Bréfritari: Soffía Daníelsdóttir
Viðtakandi: Jakobína Magnúsdóttir og Daníel Halldórsson
Dagsetning: A-1887-10-11
Skrifað á: Seyðisfjörður  N-Múl.
Soffía var dóttir Jakobínu og Daníels

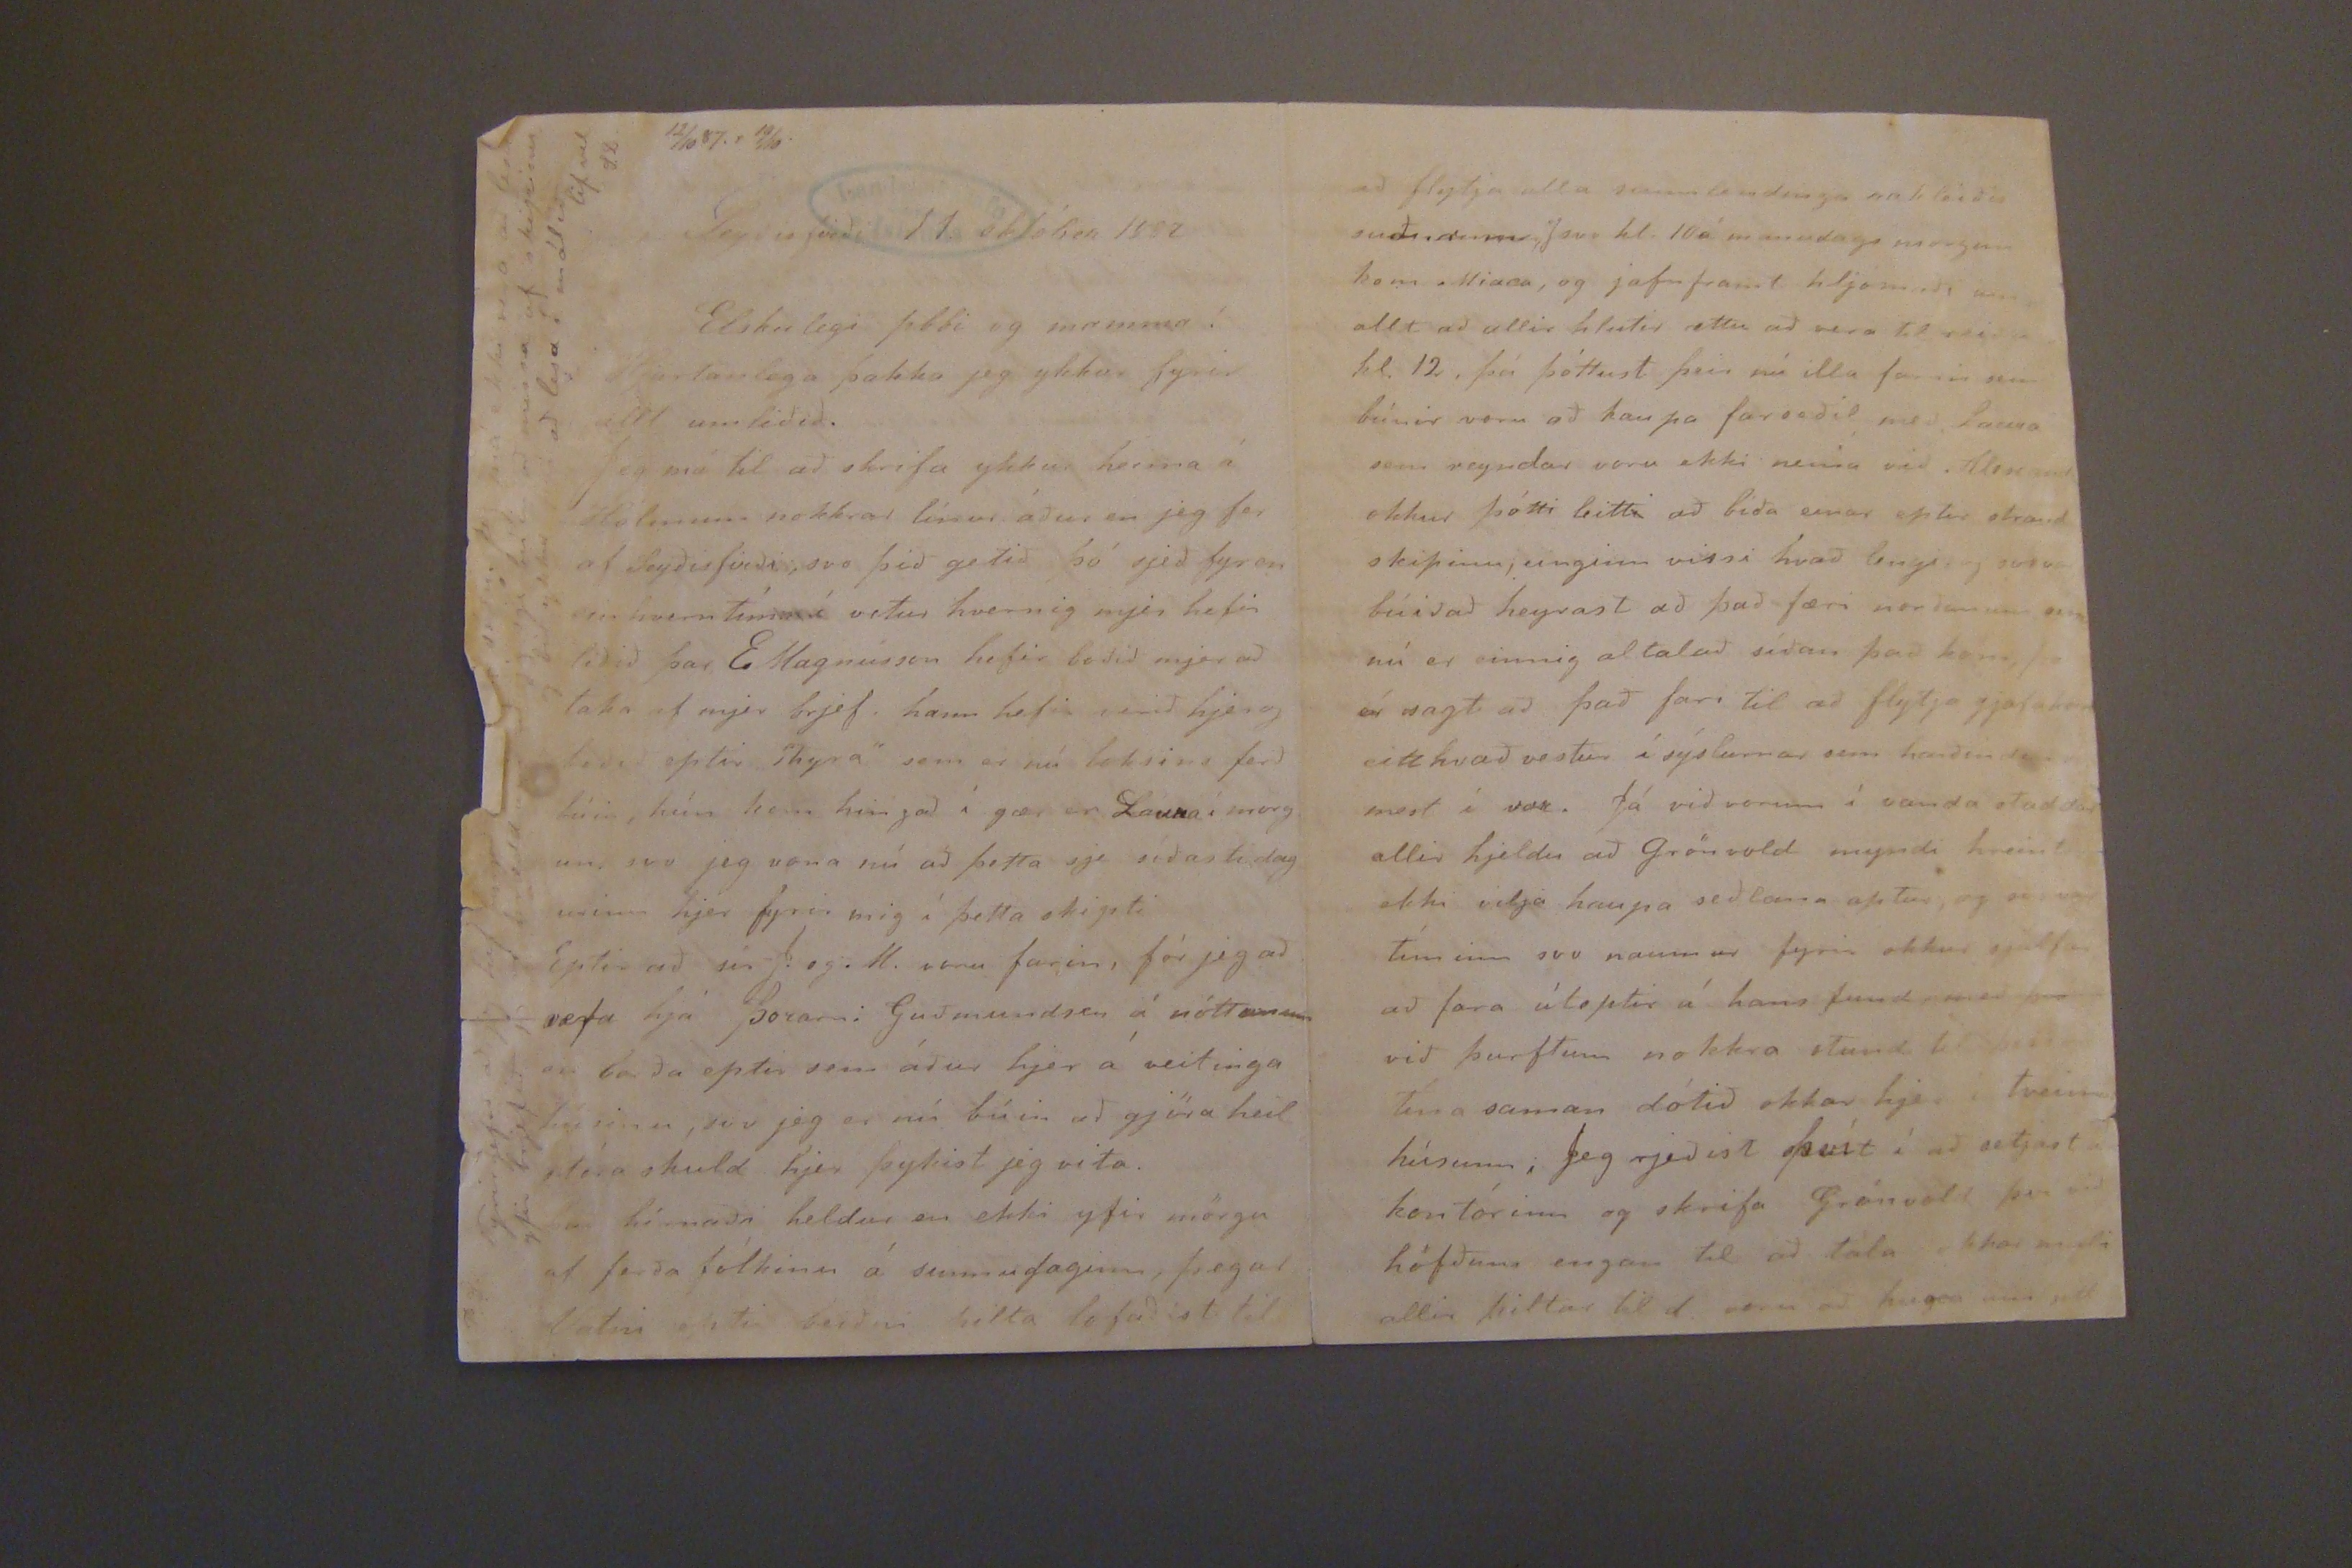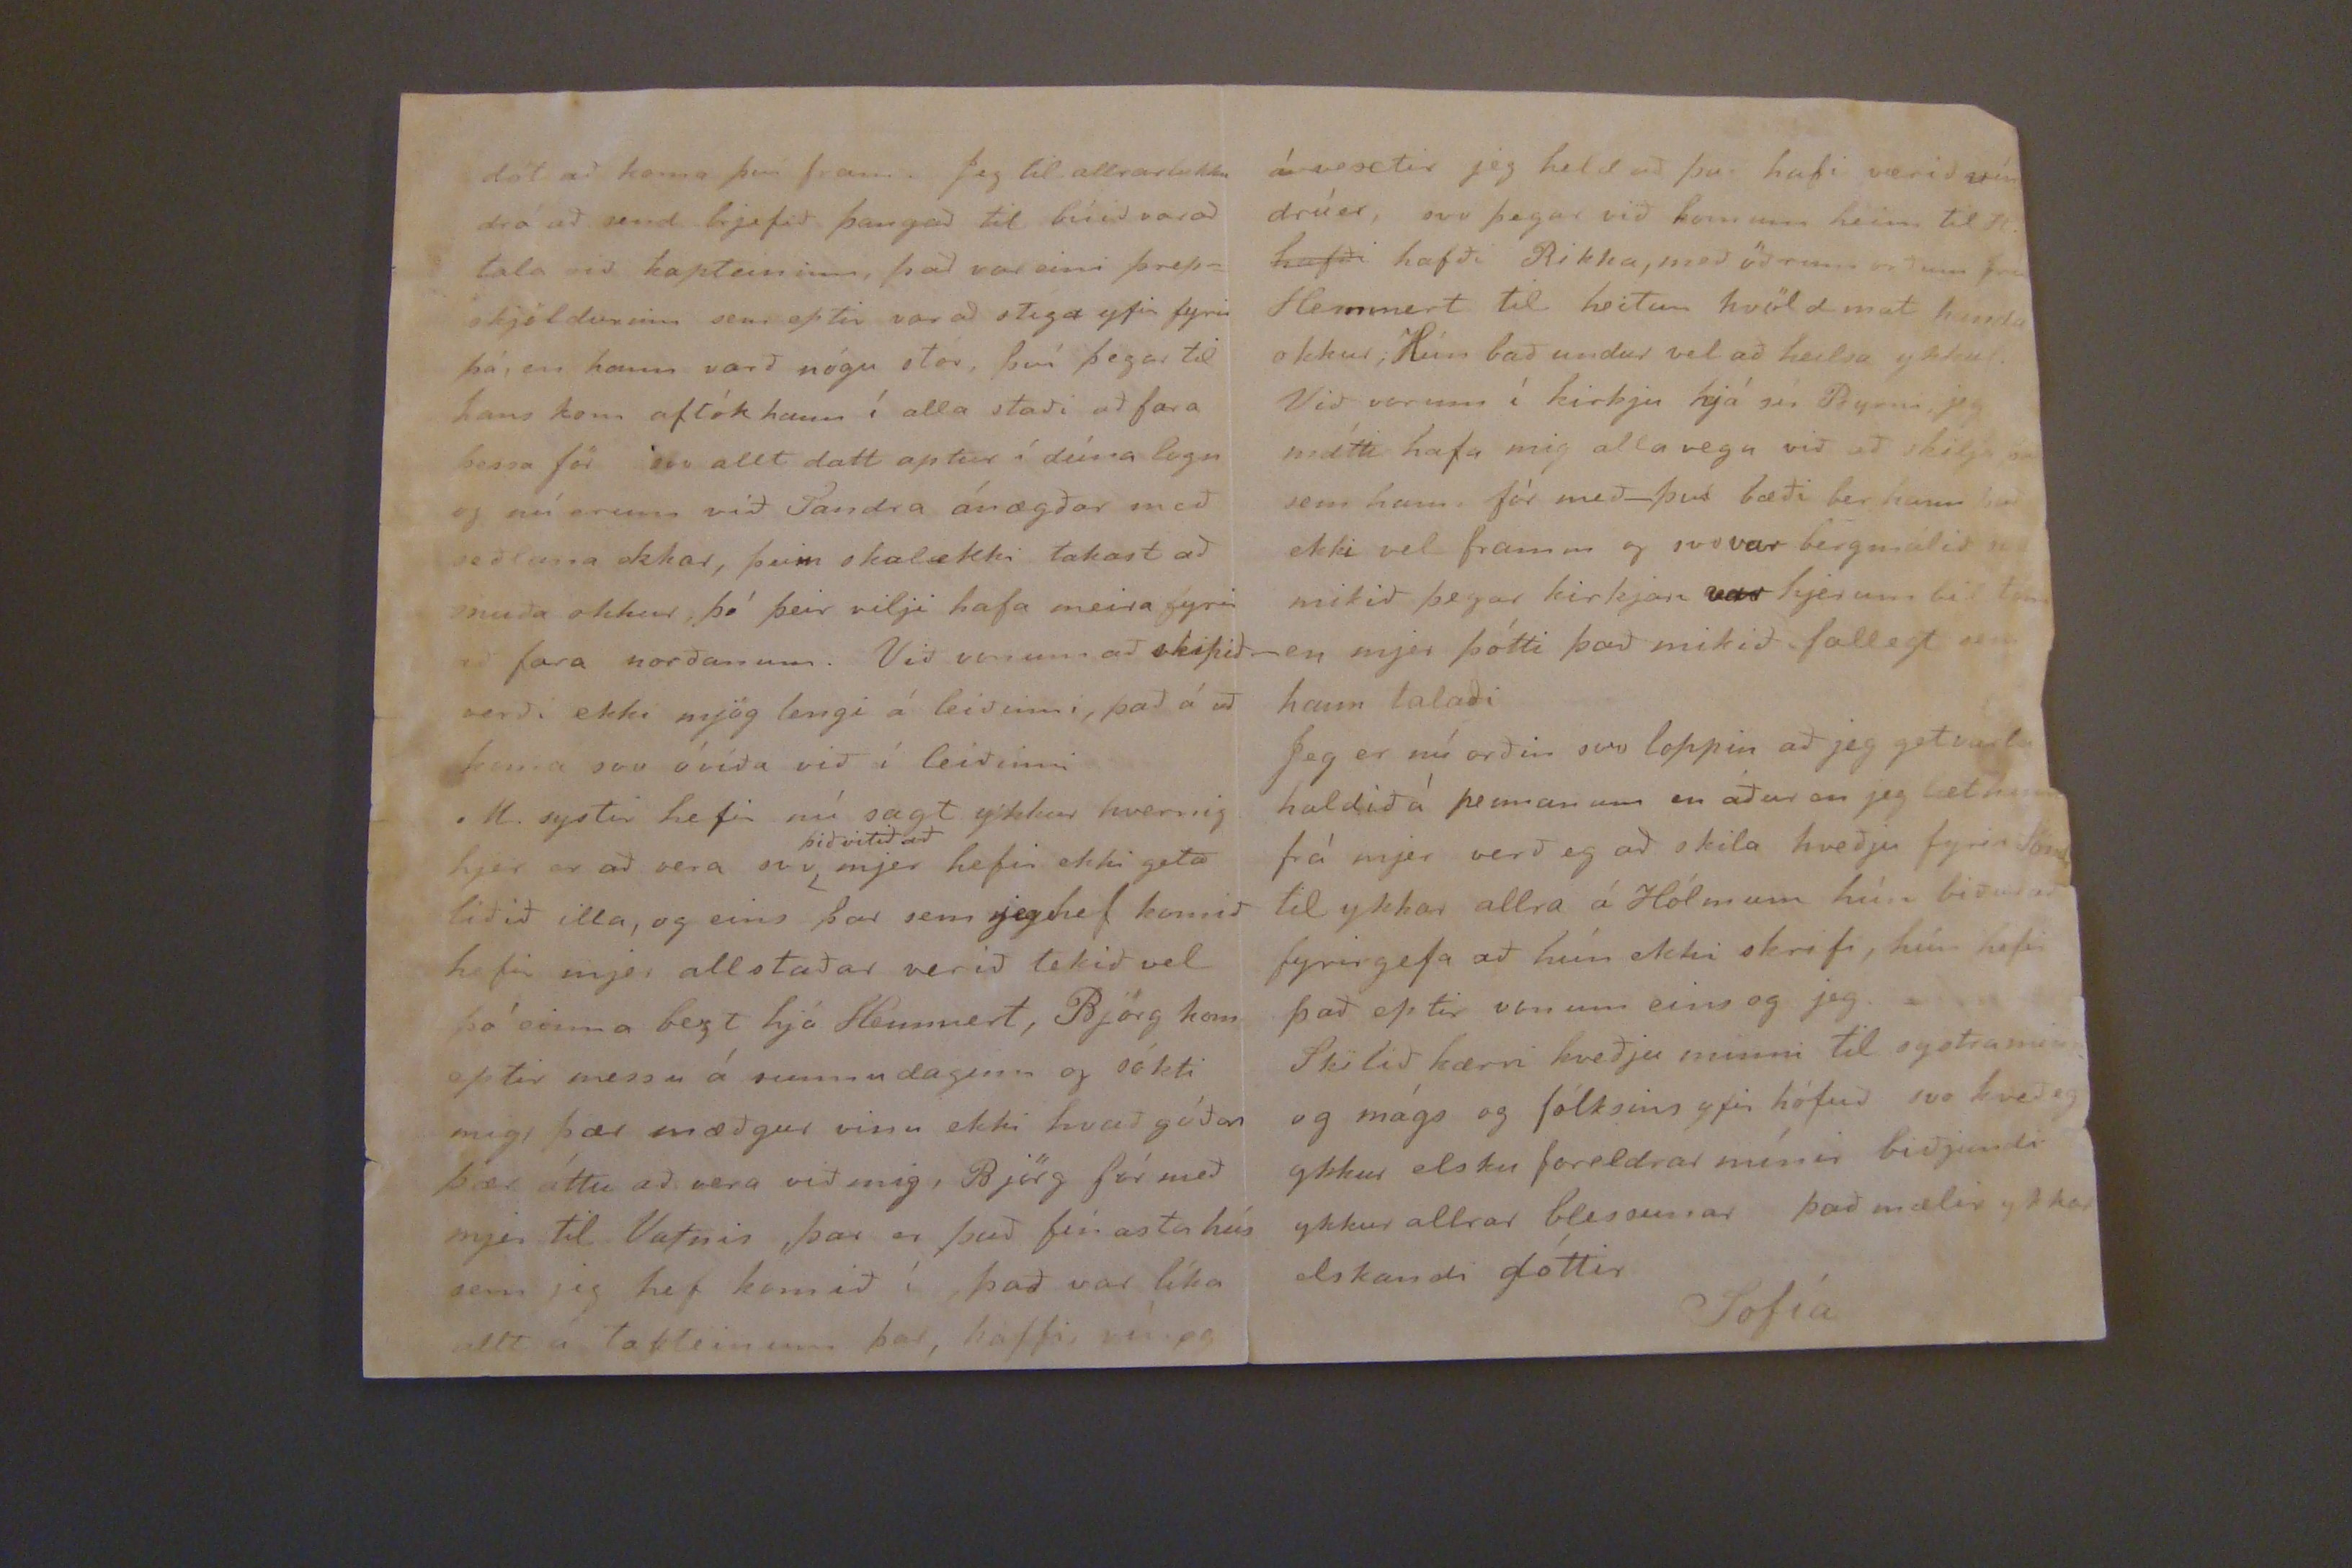

12/10 87.1 19/10
Seyðisfirði 11. október 1887
Elskulegi pabbi og mamma!
Hartanlega þakka jeg ykkur fyrir allt umliðið.
eg má til að skrifa ykkur heima á Hólinum nokkrar línur áður en eg fer af Seyðisfirði, svo þið getið þó seð fyr en ein hvern tíman í vetur hvernig mer hefir liði þar E. Magnússon hefir boðið mjer að taka af mjer brjef. hann hefir verið hjer og liðið eptir
shyra"
sem er nú loksins ferð búin, hún kom hingað í gær er Launa í morg un svo jeg vona nú að þetta sje síðasti dag urinn hjer fyrir mig í þetta skipti
Eptir að sír J. og . M. voru farin, fór eg að rægta hjá þorarni Guðmundsen á nóttunum er baða eptir sem áður hjer á veitinga húsinu, svo jeg er nú búin að gjöra heil stóra skuld hjer þykist jeg vita.
að hímaða
heldur en ekki yfir mörgu af ferða fólkinu á sunnudaginn, þegar Vatni eptir beiðni hilta lofaðist til
Fyrirgefið að jeg hef
þangað
síðu.
Jeg má ekki vera að lesa yfir brjefið jeg so hrædd um að sá egi búin að missa af skipinu og bið ykkur að lesa í málið lif vel
S.D.
að flytja alla sunnlendinga
unbleiðis
suðurum
Jsvo
kl. 10 á manudags morgun kom
Miaca
, og jafnframt hljómaði um allt að allir hlutir ættu að vera til reiðu kl. 12, þá þóttust þeir nú illa farnir sem búnir voru að kaupa farseðil með Launa sem reyndar voru ekki nema við
Alexandr
okkur þótti leitt að bíða einar eptir strand skipinu, einginn vissi hvað lengi og svo var búið að heyrast að það færi norðan um
sem
nú er einnig altalað síðan það kom, þa er sagt að það fari til að flyta gjafa kom eittthvað vestur í sýslurnar sem harðin sem mest í vor. þá við vorum í vanda staddar allir heldu að Grönvold myndi hreint ekki vilja haupa seðlana aptur, og svo var timinn svo naumur fyrir okkur sjálfur að fara úteptir á hans fund með þvi við þurftum nokkra stund til búið að Tína saman dótið okkar hjer í tveimur húsum, Jeg rjeðist þvít í að setjast kontórinn og skrifa Grönvold þvi við höfðum engan til að tala okkar midi allir piltar til d. voru að hugsa um sitt
ávextir jeg held að það hafi verið mín drúer, svo þegar við komum heim til H.
hafði
hafði Rikka, með öðrum orðum frú Hemmert til heitum kvöld mat handa okkur, Hún bað undur vel að heilsa ykkur. Við vorum í kirkju hjá sír Byrni, jeg mátti hafa mig allavegu við a ðskilja það sem hann fór með- því bæði ber hann það ekki vel framm og svovar bergmálið svo mikið þegar kirkjan var hjerum bil tóm en mjer þótti það mikið fallegt sem hann talaði
Jeg er nú orðin svo loppin að eg getvarla haldið á pennanum en áður en eg læt hann frá mjer verð eg að skila kveðu fyrir Sönd til ykkar allra á Hólmum hún biður að fyrir gefa að hún ekki skrifi, hún hefir það eptir vonum eins og jeg.
Skilið kærri kveðju minni til systra minna og mágs og fólksins yfir hófuð svo kveð eg ykkur elsku foreldrar mínir biðandi ykkur allrar blessunar það mælir ykkar elskandi dóttir
Sofía
dót að koma því fram. Jeg til allrarlukku dró að send brjefið þangað til búið var að tala við kapteininn, það var eini þrepsköldurinn sem eptir var að stiga yfir fyrir þá, en hann varð nógu stór, því þegar til hans kom aftók hann í alla staði að fara þessa för svo allt datt aptur í dúna logn og nú erum við Sandra ánægðar með seðlana okkar, þeim skalekki takast að meiða okkur, þó þeir vilji hafa meira fyrir að fara norðanum. Við vonum að skipið verði ekki mjög lengi á leiðinni, það á að koma svo óvíða við í leiðinni
M. systir hefir nú sagt ykkur hvernig hjer er að vera svo
þið vitið að
mjer hefir ekki getað liðið illa, og eins þar sem jeg hef komið hefir mer allstaðar verið tekið vel þó einna bezt há Hennvert, Björg kom eptir messu á sunnudaginn og sókti mig, þær mæðgur vinu ekki hvað góðan þær áttu að vera við mig, Björg fór með mer til Vatnis þar er það fínasta hús sem jeg hef komið í það var líka allt á Tableinum þar, kaffi, vín og